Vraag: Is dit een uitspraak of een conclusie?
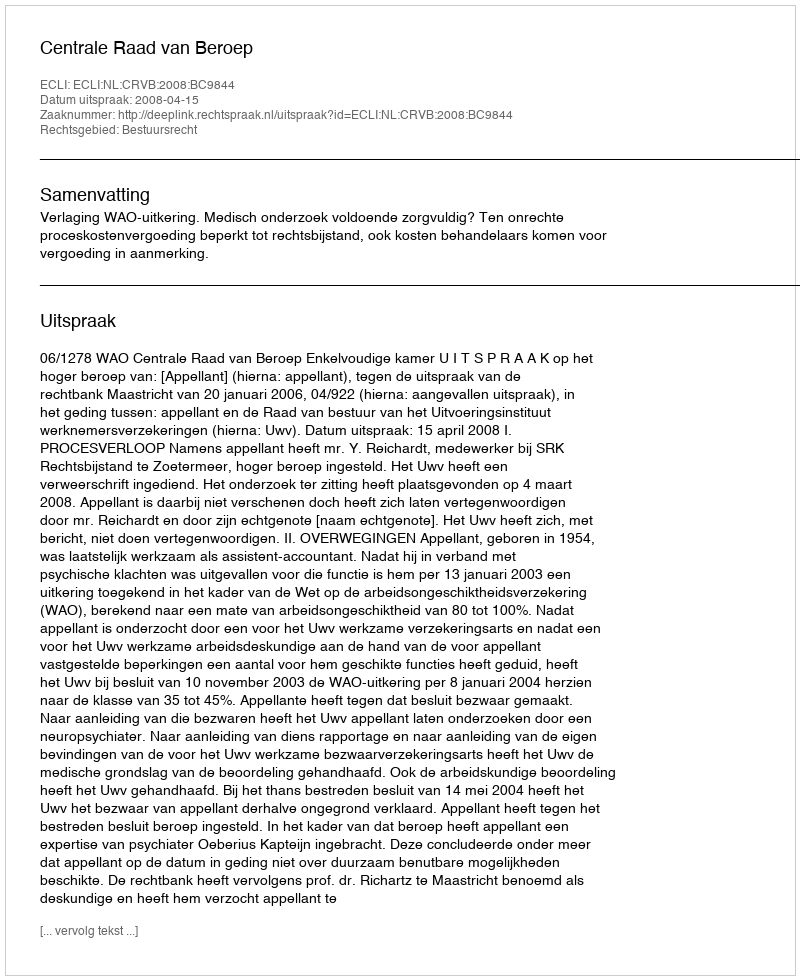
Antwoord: Uitspraak